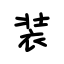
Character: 装